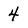
Character: 4